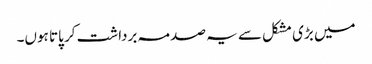
میں بڑی مشکل سے یہ صدمہ برداشت کر پاتا ہوں۔